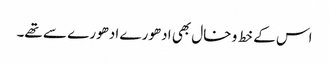
اس کے خط و خال بھی ادھورے ادھورے سے تھے۔